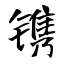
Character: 镌